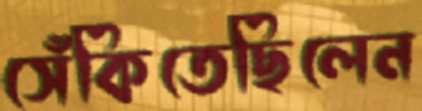
সেঁকিতেছিলেন